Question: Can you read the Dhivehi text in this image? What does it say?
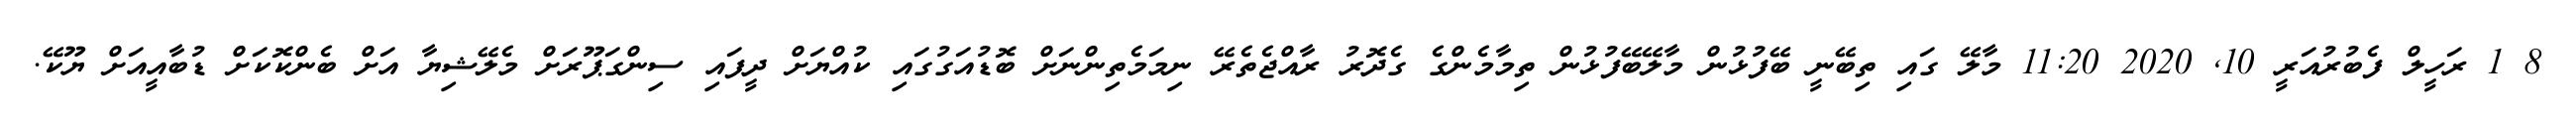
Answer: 8 1 ރަހީލް ފެބުރުއަރީ 10, 2020 11:20 މާލޭ ގައި ތިބޭނީ ބޭފުޅުން މާލޭބޭފުޅުން ތިމާމެންގެ ގެދޮރު ރާއްޖެތެރޭ ނިމަމެތިންނަށް ބޮޑުއަގުގައި ކުއްޔަށް ދީފައި ސިންގަޕޫރަށް މެލޭޝިޔާ އަށް ބެންކޮކަށް ޑުބާއީއަށް ޔޫކޭ.